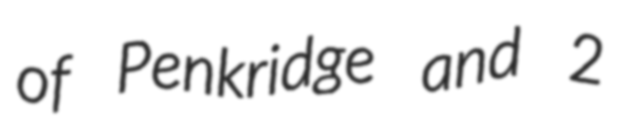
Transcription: of Penkridge and 2